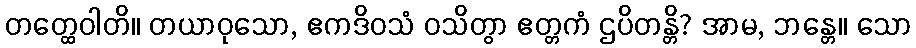
တတ္ထေဝါတိ။ တယာဝုသော, ဧကဒိဝသံ ဝသိတွာ ဧတ္တကံ ဌပိတန္တိ? အာမ, ဘန္တေ။ သော